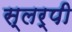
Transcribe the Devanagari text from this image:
स्लर्पी